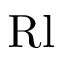
\mathrm { R l }